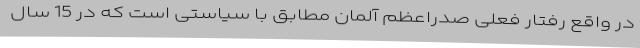
در واقع رفتار فعلی صدراعظم آلمان مطابق با سیاستی است که در 15 سال